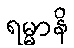
ရမ္မာနိ